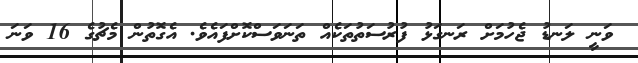
ވަނީ ލަނޑު ޖެހުމަށް ރަނގަޅު ފުރުސަތުތަކެއް ތަނަވަސްކޮށްފައެވެ. އެގޮތުން މެޗުގެ 16 ވަނަ